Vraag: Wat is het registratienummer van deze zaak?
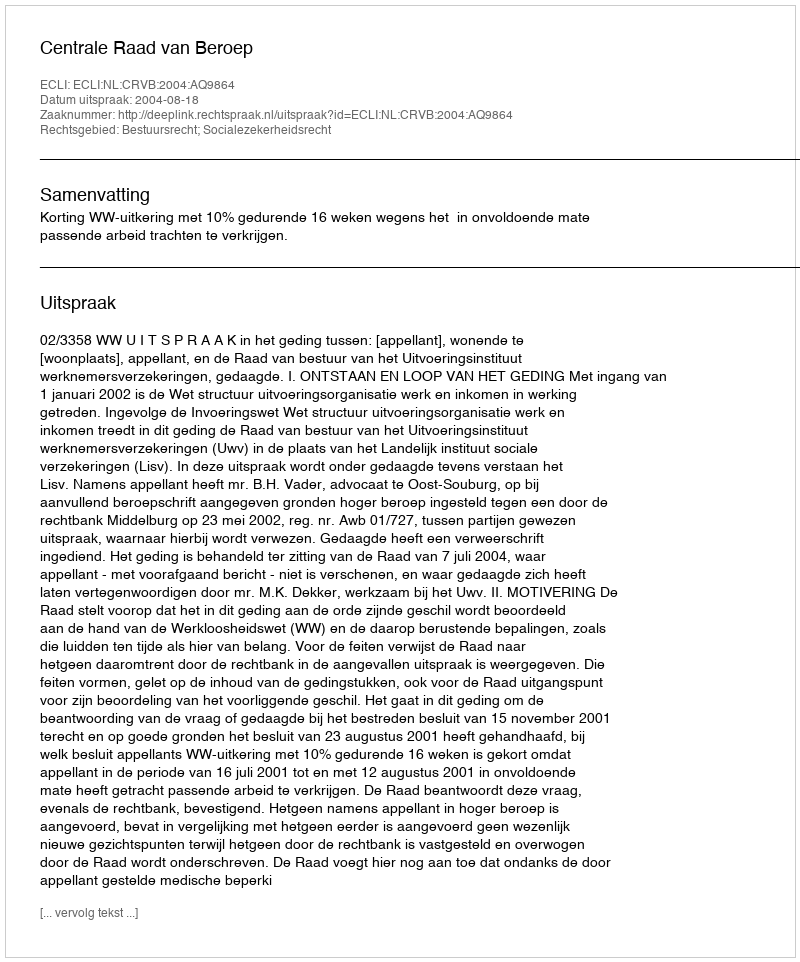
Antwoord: http://deeplink.rechtspraak.nl/uitspraak?id=ECLI:NL:CRVB:2004:AQ9864